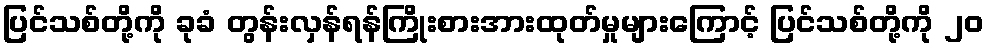
ပြင်သစ်တို့ကို ခုခံ တွန်းလှန်ရန်ကြိုးစားအားထုတ်မှုများကြောင့် ပြင်သစ်တို့ကို ၂၀